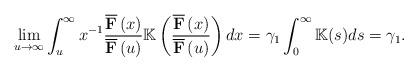
LaTeX: \begin{align*}\lim_{u\rightarrow \infty }\int_{u}^{\infty }x^{-1}\frac{\overline{\mathbf{F}}\left( x\right) }{\overline{\mathbf{F}}\left( u\right) }\mathbb{K}\left( \frac{\overline{\mathbf{F}}\left( x\right) }{\overline{\mathbf{F}}\left(u\right) }\right) dx=\gamma _{1}\int_{0}^{\infty }\mathbb{K}(s)ds=\gamma_{1}. \end{align*}